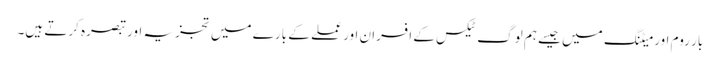
بار روم اور میٹنگ میں جیسے ہم لوگ ٹیکس کے افسران اور عملے کے بارے میں تجزیہ اور تبصرہ کرتے ہیں۔